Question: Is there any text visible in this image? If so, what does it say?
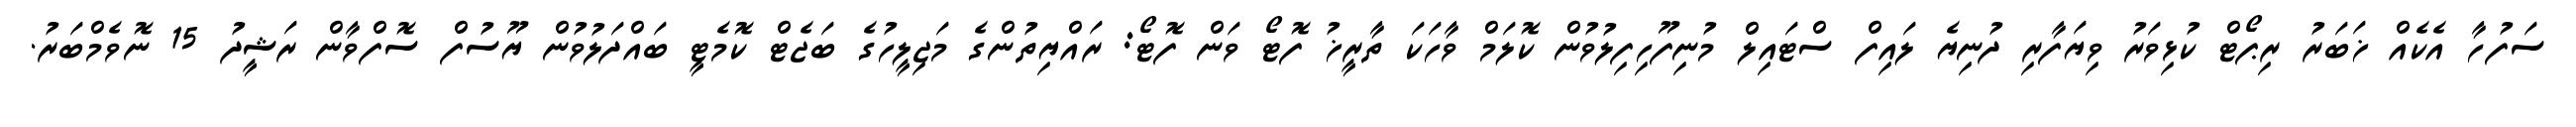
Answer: ސަފުހާ އެކެއް ޚަބަރު ރިޕޯޓް ކުޅިވަރު ވިޔަފާރި ދުނިޔެ ލައިފް ސްޓައިލް މުނިފޫހިފިލުވުން ކޮލަމް ވާހަކަ ތާރީޚު ފޮޓޯ ވަން ފޮޓޯ: ރައްޔިތުންގެ މަޖިލީހުގެ ބަޖެޓް ކޮމެޓީ ބައްދަލުވުން ޔޫސުފް ސޮފްވާން ރަޝީދު 15 ނޮވެމްބަރު.